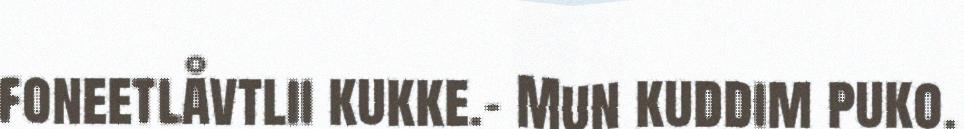
foneetlåvtlii kukke.- Mun kuddim puko.